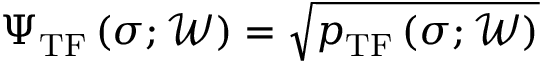
\Psi _ { \mathrm { T F } } \left( \boldsymbol { \sigma } ; \mathcal { W } \right) = \sqrt { p _ { \mathrm { T F } } \left( \boldsymbol { \sigma } ; \mathcal { W } \right) }